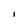
Character: I